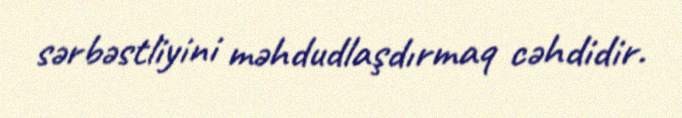
sərbəstliyini məhdudlaşdırmaq cəhdidir.